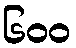
၆၀၀